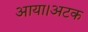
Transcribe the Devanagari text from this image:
आया।अटक